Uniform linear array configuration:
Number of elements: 48
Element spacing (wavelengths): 0.75
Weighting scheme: kaiser
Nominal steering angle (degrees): -30
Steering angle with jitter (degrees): -31.946
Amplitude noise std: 0.05
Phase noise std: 0.05

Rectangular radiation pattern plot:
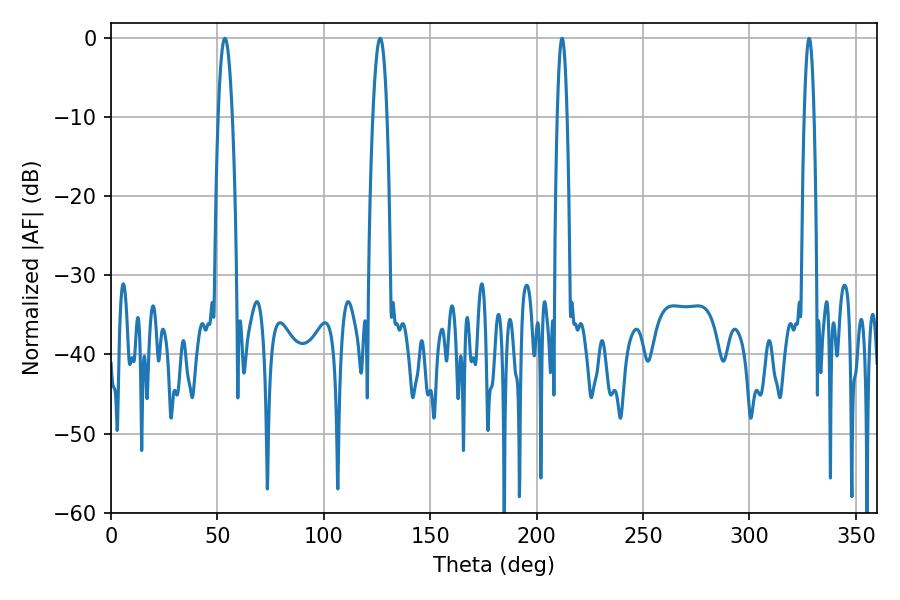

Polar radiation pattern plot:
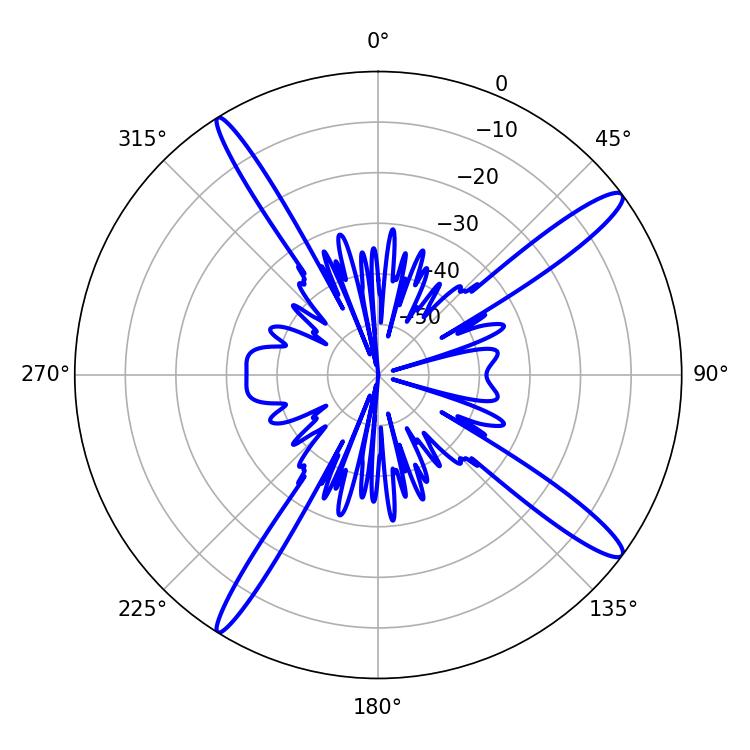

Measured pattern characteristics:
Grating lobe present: TRUE
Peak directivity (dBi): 15.201
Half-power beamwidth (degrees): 3.6
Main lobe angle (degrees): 126.54